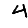
Digit: 4